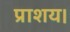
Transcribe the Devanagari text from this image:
प्राशय।